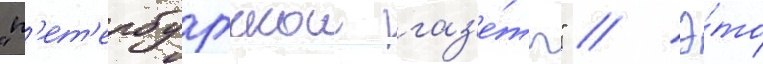
"п'ет'ербургскои газ'е́ты" // Э́то